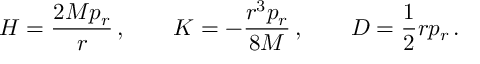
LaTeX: H = { \frac { 2 M p _ { r } } { r } } \, , \qquad K = - { \frac { r ^ { 3 } p _ { r } } { 8 M } } \, , \qquad D = { \frac { 1 } { 2 } } r p _ { r } \, .